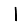
Digit: 1